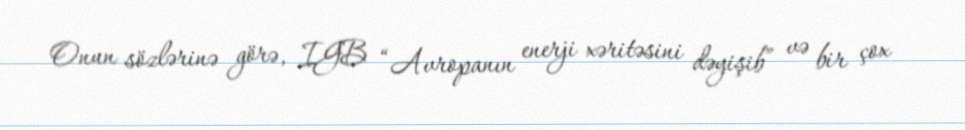
Onun sözlərinə görə, IGB “Avropanın enerji xəritəsini dəyişib” və bir çox